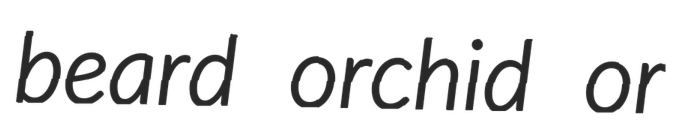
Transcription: beard orchid or